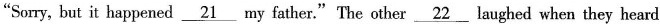
"Sorry, but it happened \underline{21} my father."The other \underline{22} laughed when they heard